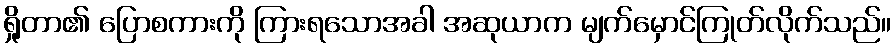
ရှိုတာ၏ ပြောစကားကို ကြားရသောအခါ အဆုယာက မျက်မှောင်ကြုတ်လိုက်သည်။